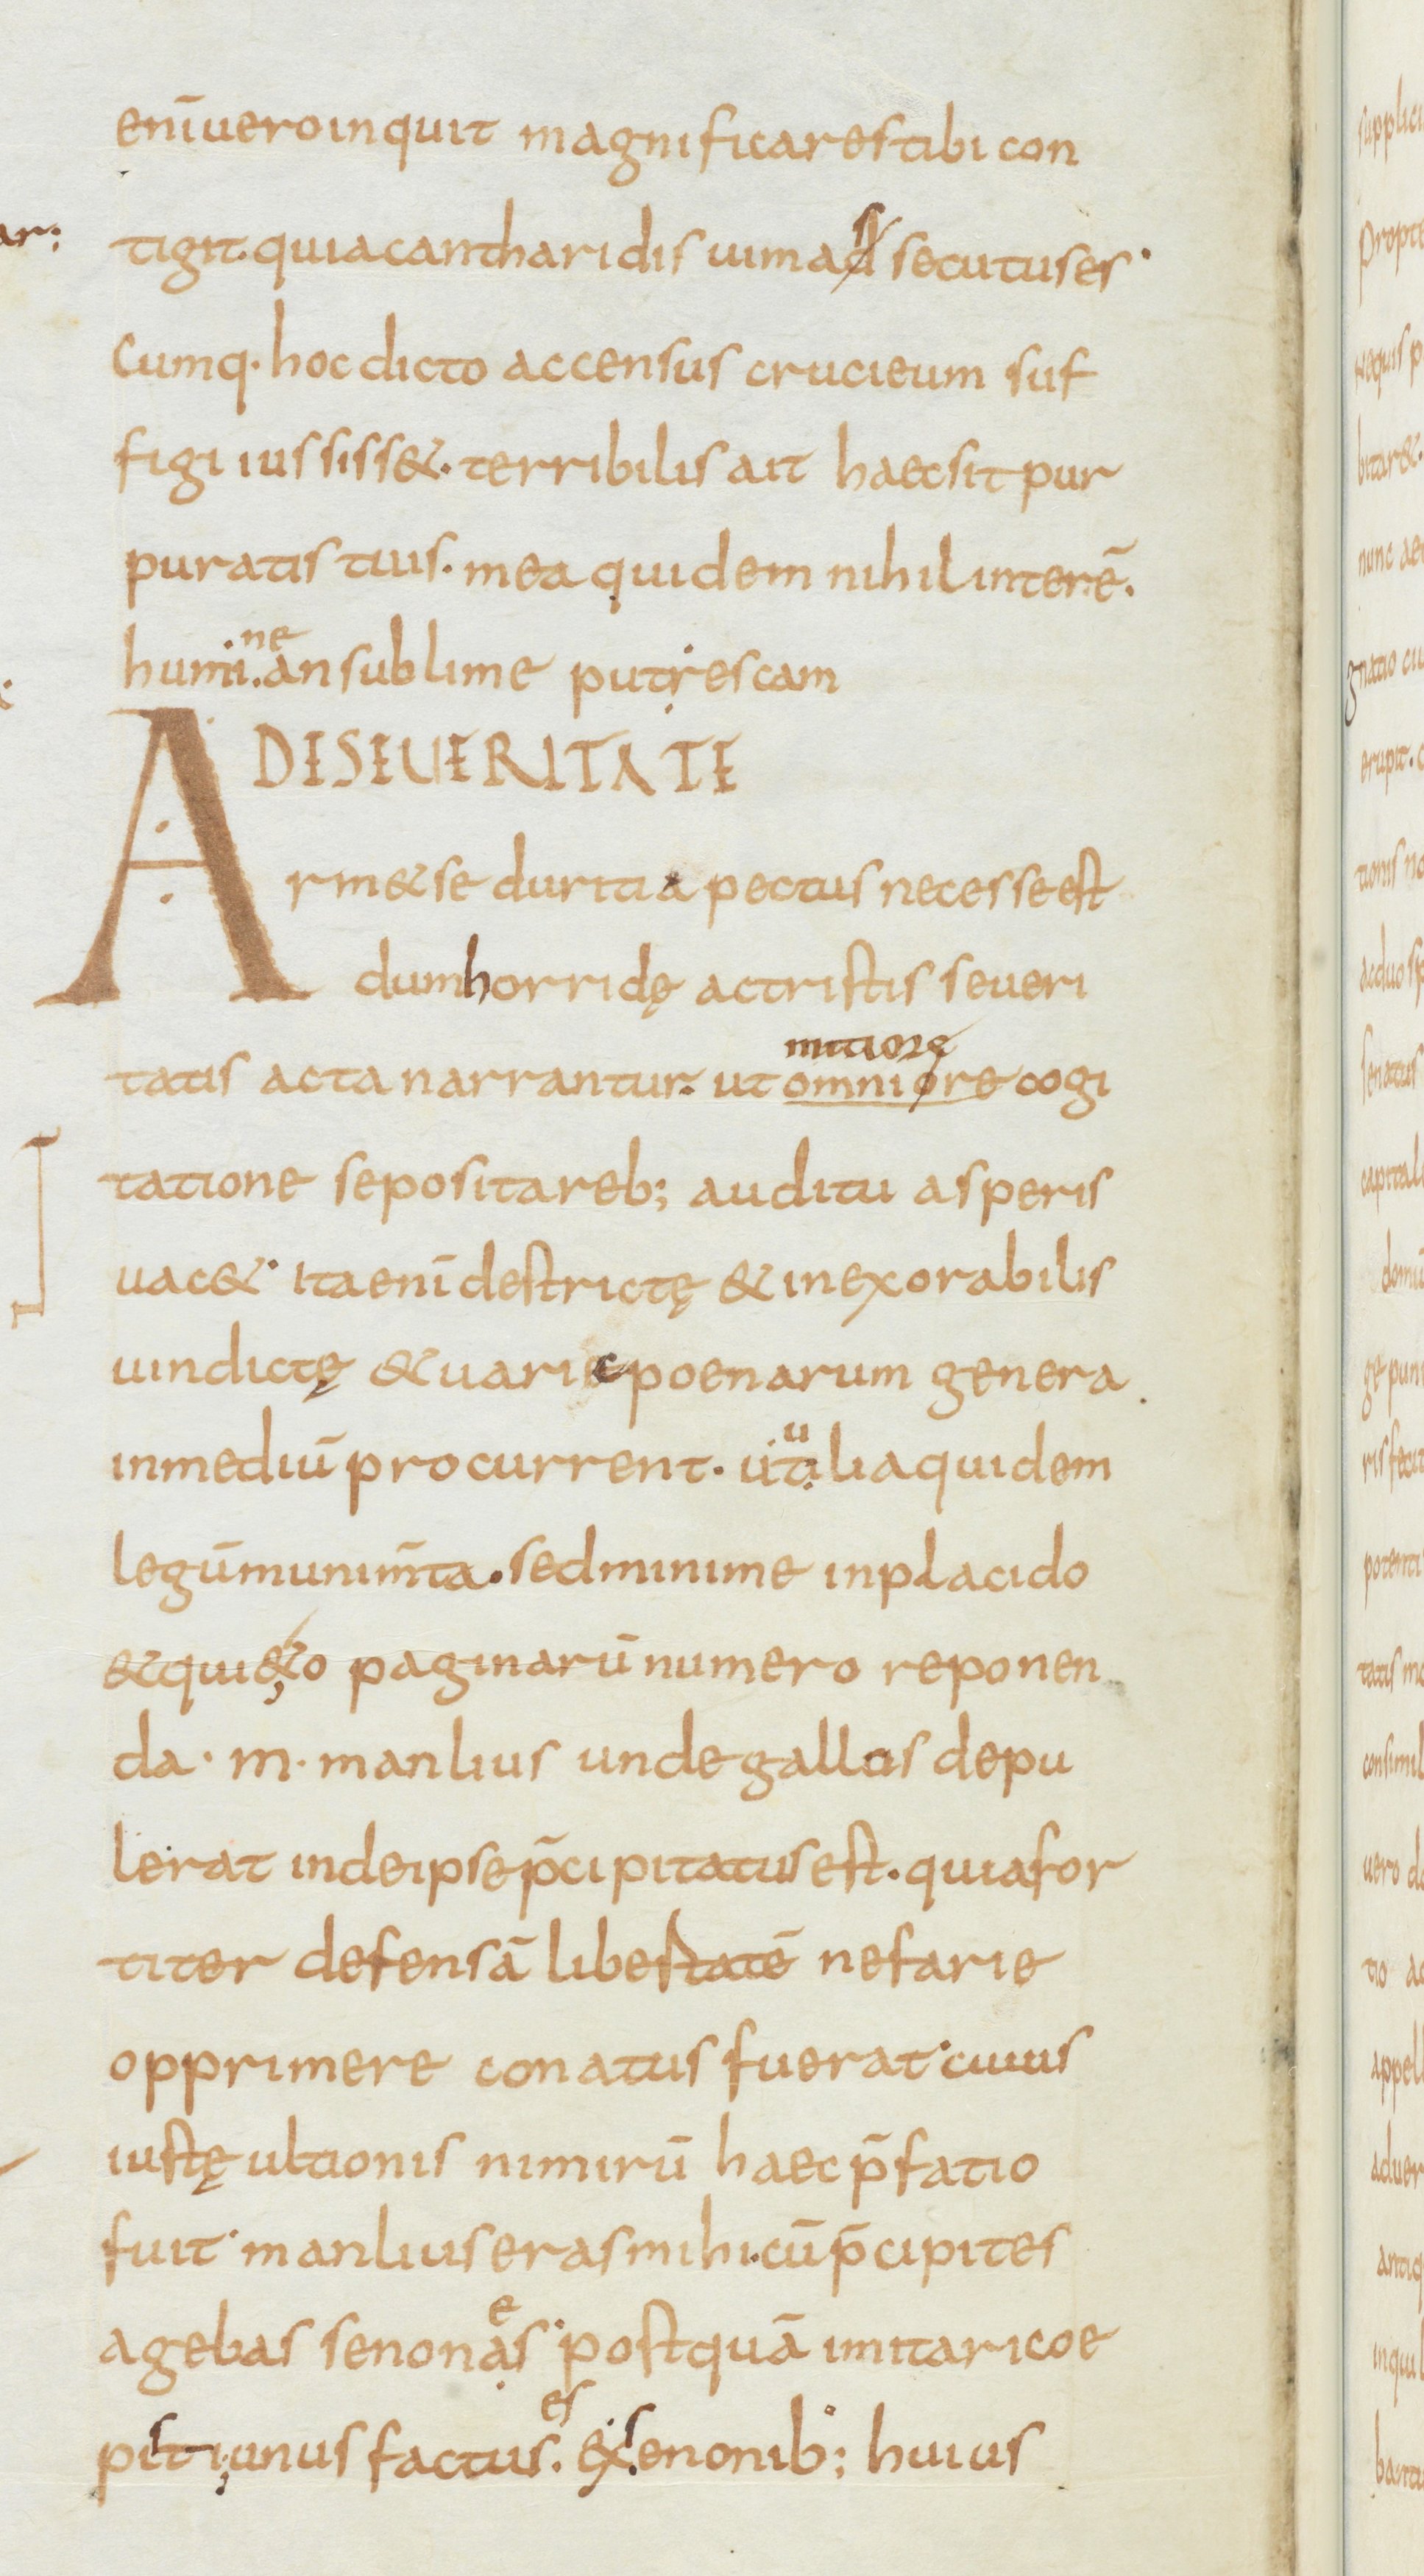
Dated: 834–866